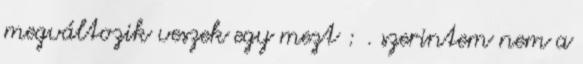
megváltozik veszek egy mezt : . szerintem nem a